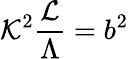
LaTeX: {\cal K}^{2}{\frac{\cal L}{\Lambda}}=b^{2}